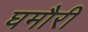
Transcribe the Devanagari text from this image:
घमौरी